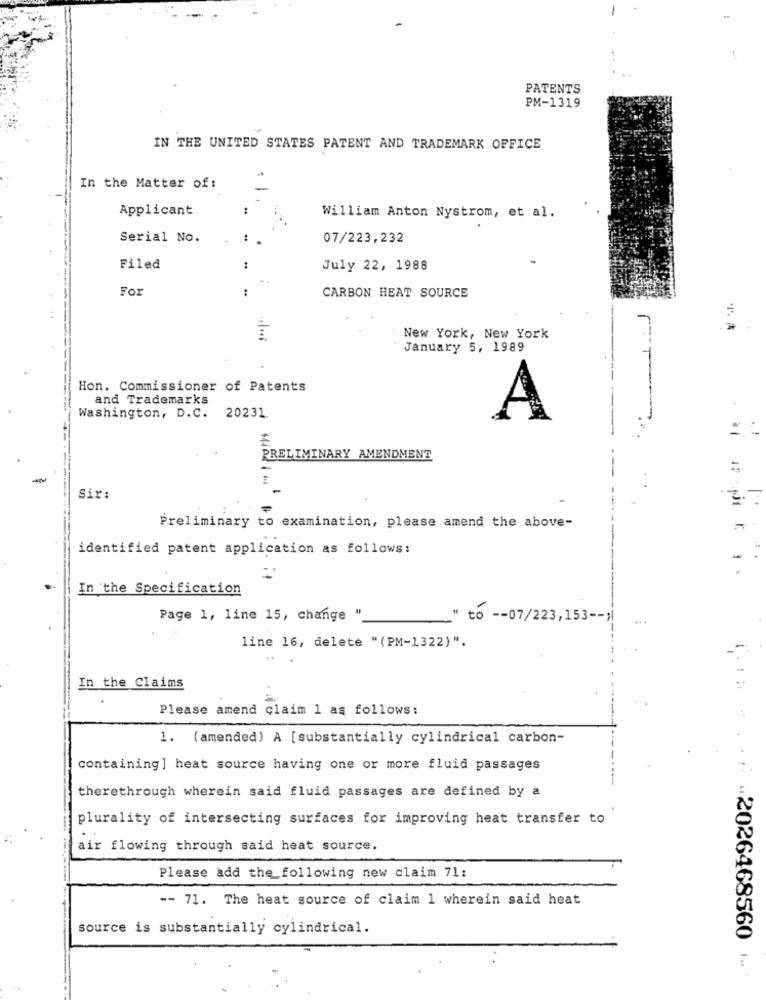
PATENTS
PM-1319
IN THE UNITED STATES PATENT AND TRADEMARK OFFICE
In the Matter of:
Applicant
William Anton Nystrom, et al.
Serial No.
07/223,232
Filed
July 22, 1988
For
CARBON HEAT SOURCE
New York, New York
r --
January 5, 1989
Hon. Commissioner of Patents
and Trademarks
Washington, D.C. 20231.
A
PRELIMINARY AMENDMENT
=.
-
Sir:
Preliminary to examination, please amend the above-
identified patent application as follows:
In the Specification
Page 1, line 15, change "
" to -- 07/223,153 -- >
line 16, delete "(PM-1322)".
In the Claims
Please amend claim 1 as follows:
1. (amended) A [substantially cylindrical carbon-
containing] heat source having one or more fluid passages
therethrough wherein said fluid passages are defined by a
plurality of intersecting surfaces for improving heat transfer to
air flowing through said heat source.
Please add the following new claim 71:
-- 71. The heat source of claim 1 wherein said heat
source is substantially cylindrical.
.2026468560 1.